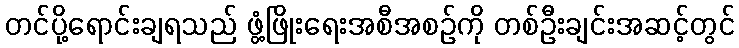
တင်ပို့ရောင်းချရသည် ဖွံ့ဖြိုးရေးအစီအစဉ်ကို တစ်ဦးချင်းအဆင့်တွင်